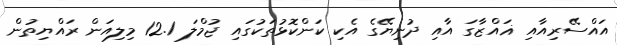
އައްސޭރިއާއި ޣައްޒާގަ އާއި ދުނިޔޭގެ އެކި ކަންކޮޅުތަކުގައި ޖުމްލަ 12.1 މިލިއަން ރައްޔިތުން